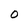
Character: 0